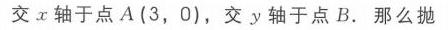
交\(x\)轴于点\(A(3,0)\)，交\(y\)轴于点\(B\)。那么抛